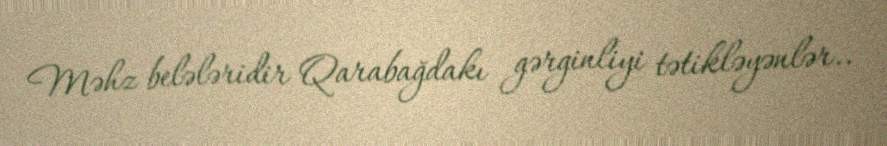
Məhz belələridir Qarabağdakı gərginliyi tətikləyənlər..